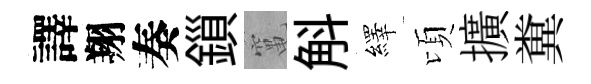
譯翔奏鎻𥧄斛繹頃擴糞